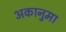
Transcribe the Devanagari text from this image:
अकानुमा